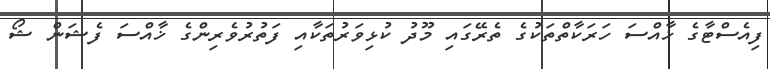
ފިއެސްޓާގެ ޚާއްސަ ހަރަކާތްތަކުގެ ތެރޭގައި މޫދު ކުޅިވަރުތަކާއި ފަތުރުވެރިންގެ ޚާއްސަ ފެޝަން ޝޯ